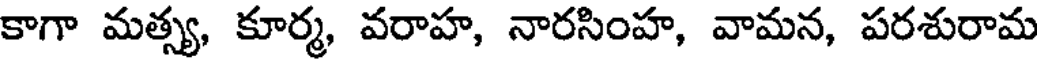
కాగా మత్స్య, కూర్మ, వరాహ, నారసింహ, వామన, పరశురామ